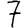
Digit: 7